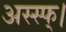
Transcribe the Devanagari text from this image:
अस्स्फ्।